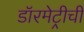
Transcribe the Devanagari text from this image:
डॉरमेट्रीची